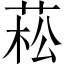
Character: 菘